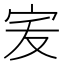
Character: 𭓧